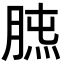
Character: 𦜯